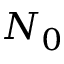
N _ { 0 }